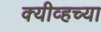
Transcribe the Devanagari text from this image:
क्यीव्हच्या